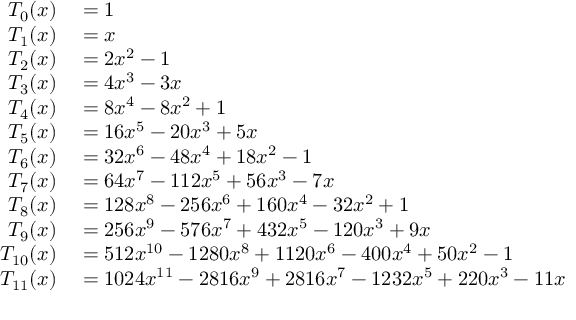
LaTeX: \begin{array} { r l } { T _ { 0 } ( x ) } & { { } = 1 } \\ { T _ { 1 } ( x ) } & { { } = x } \\ { T _ { 2 } ( x ) } & { { } = 2 x ^ { 2 } - 1 } \\ { T _ { 3 } ( x ) } & { { } = 4 x ^ { 3 } - 3 x } \\ { T _ { 4 } ( x ) } & { { } = 8 x ^ { 4 } - 8 x ^ { 2 } + 1 } \\ { T _ { 5 } ( x ) } & { { } = 1 6 x ^ { 5 } - 2 0 x ^ { 3 } + 5 x } \\ { T _ { 6 } ( x ) } & { { } = 3 2 x ^ { 6 } - 4 8 x ^ { 4 } + 1 8 x ^ { 2 } - 1 } \\ { T _ { 7 } ( x ) } & { { } = 6 4 x ^ { 7 } - 1 1 2 x ^ { 5 } + 5 6 x ^ { 3 } - 7 x } \\ { T _ { 8 } ( x ) } & { { } = 1 2 8 x ^ { 8 } - 2 5 6 x ^ { 6 } + 1 6 0 x ^ { 4 } - 3 2 x ^ { 2 } + 1 } \\ { T _ { 9 } ( x ) } & { { } = 2 5 6 x ^ { 9 } - 5 7 6 x ^ { 7 } + 4 3 2 x ^ { 5 } - 1 2 0 x ^ { 3 } + 9 x } \\ { T _ { 1 0 } ( x ) } & { { } = 5 1 2 x ^ { 1 0 } - 1 2 8 0 x ^ { 8 } + 1 1 2 0 x ^ { 6 } - 4 0 0 x ^ { 4 } + 5 0 x ^ { 2 } - 1 } \\ { T _ { 1 1 } ( x ) } & { { } = 1 0 2 4 x ^ { 1 1 } - 2 8 1 6 x ^ { 9 } + 2 8 1 6 x ^ { 7 } - 1 2 3 2 x ^ { 5 } + 2 2 0 x ^ { 3 } - 1 1 x } \end{array}